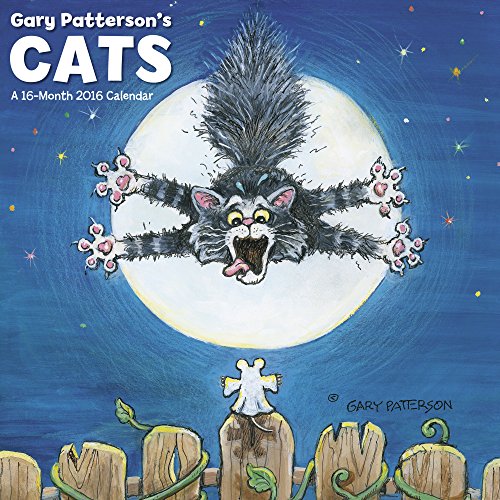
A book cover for Gary Patterson's Cats<br> Wall Calendar (2016); Mead; Calendars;